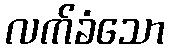
လက်ခံသော